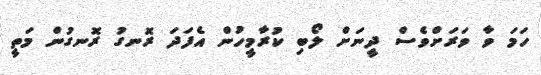
ހަމަ ވާ ވަރަށްވެސް ދީނަށް ލޯބި ކުރާމީހުން އެފަދަ ރޮނގު ރޮނގުން މަތީ